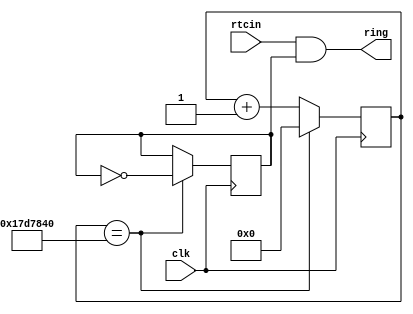
`timescale 1ns / 1ps
//////////////////////////////////////////////////////////////////////////////////
// Company: 
// Engineer: 
// 
// Design Name: 
// Module Name:    divisorclkring 
// Project Name: 
// Target Devices: 
// Tool versions: 
// Description: 
//
// Dependencies: 
//
// Revision: 
// Revision 0.01 - File Created
// Additional Comments: 
//
//////////////////////////////////////////////////////////////////////////////////
module divisorclkring(
    input clk,
    input rtcin,
    output ring
    );
 
reg [24:0] cuenta = 25'd0;
reg clk_out = 1'b0;

assign ring = rtcin & clk_out;

always @(posedge clk )begin
	if(cuenta==25'd25000000)begin
       cuenta=25'd0;
       clk_out=~clk_out;end
   else begin
       cuenta=cuenta+25'd1;end
end		

endmodule